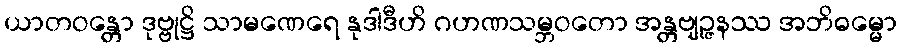
ယာတဝန္တော ဒုဗ္ဗုဋ္ဌိ သာမဏေရေ နုဒါဒီဟိ ဂဟဏသမ္ဘဝတော အန္တဗျဉ္ဇနဿ အဘိဓမ္မော